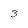
Character: 3